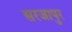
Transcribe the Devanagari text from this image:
सरजापुर